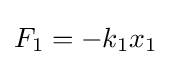
F_{1}=-k_{1}x_{1}